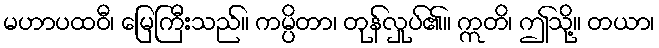
မဟာပထဝီ၊ မြေကြီးသည်။ ကမ္ပိတာ၊ တုန်လှုပ်၏။ ဣတိ၊ ဤသို့။ တယာ၊